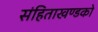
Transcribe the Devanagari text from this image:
संहिताखण्डको